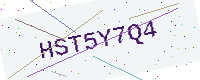
Text: HST5Y7Q4